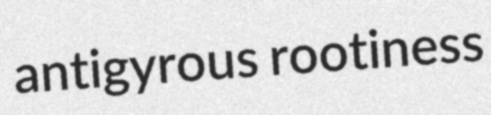
antigyrous rootiness